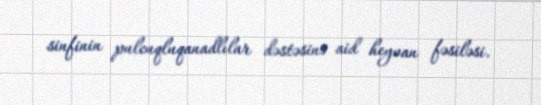
sinfinin pulcuqluqanadlılar dəstəsinə aid heyvan fəsiləsi.